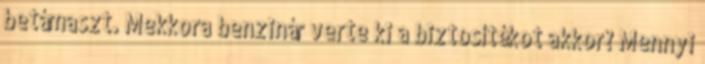
betámaszt. Mekkora benzinár verte ki a biztosítékot akkor? Mennyi